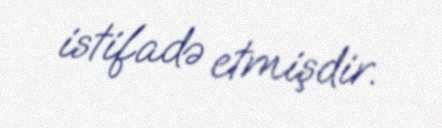
istifadə etmişdir.